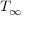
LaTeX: { T } _ { \infty }